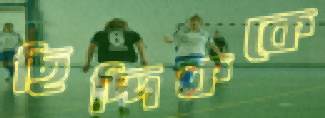
ছিদ্দিককে